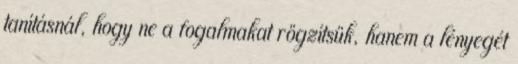
tanításnál, hogy ne a fogalmakat rögzítsük, hanem a lényegét